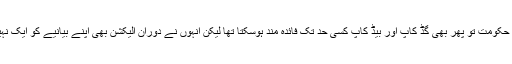
دوران حکومت تو پھر بھی گڈ کاپ اور بیڈ کاپ کسی حد تک فائدہ مند ہوسکتا تھا لیکن انہوں نے دوران الیکشن بھی اپنے بیانیے کو ایک نہیں کیا۔